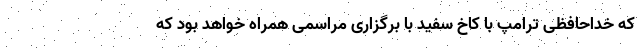
که خداحافظی ترامپ با کاخ سفید با برگزاری مراسمی همراه خواهد بود که